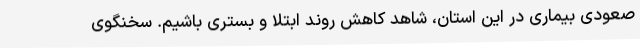
صعودی بیماری در این استان، شاهد کاهش روند ابتلا و بستری باشیم. سخنگوی